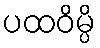
ပထဝိမ္ပိ